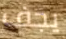
يجف